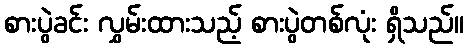
စားပွဲခင်း လွှမ်းထားသည့် စားပွဲတစ်လုံး ရှိသည်။